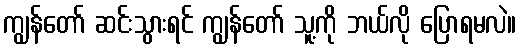
ကျွန်တော် ဆင်းသွားရင် ကျွန်တော် သူ့ကို ဘယ်လို ပြောရမလဲ။